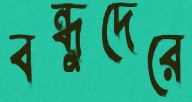
বন্ধুদেরে